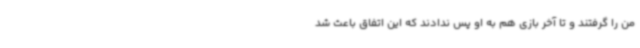
من را گرفتند و تا آخر بازی هم به او پس ندادند که این اتفاق باعث شد